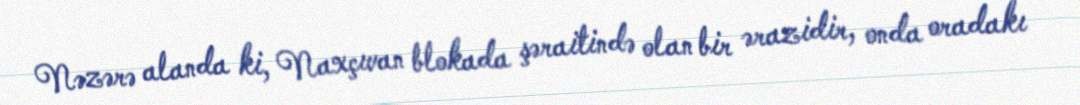
Nəzərə alanda ki, Naxçıvan blokada şəraitində olan bir ərazidir, onda oradakı